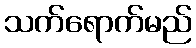
သက်ရောက်မည်